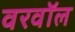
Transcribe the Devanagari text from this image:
वरवॉल